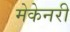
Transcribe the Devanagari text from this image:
मेकेनरी